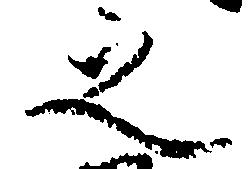
之